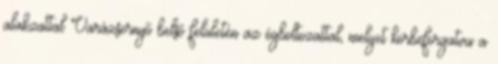
alakzattal Varázsernyő belső felületén az égboltozattal, melyet körbeforgatva a